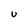
Character: u